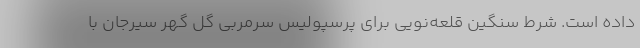
داده است. شرط سنگین قلعه‌نویی برای پرسپولیس سرمربی گل گهر سیرجان با